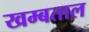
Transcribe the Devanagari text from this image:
खम्बताल